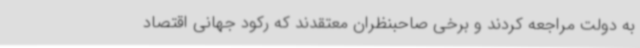
به دولت مراجعه کردند و برخی صاحبنظران معتقدند که رکود جهانی اقتصاد